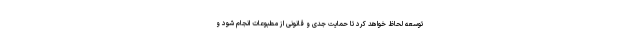
توسعه لحاظ خواهد کرد تا حمایت جدی و قانونی از مطبوعات انجام شود و